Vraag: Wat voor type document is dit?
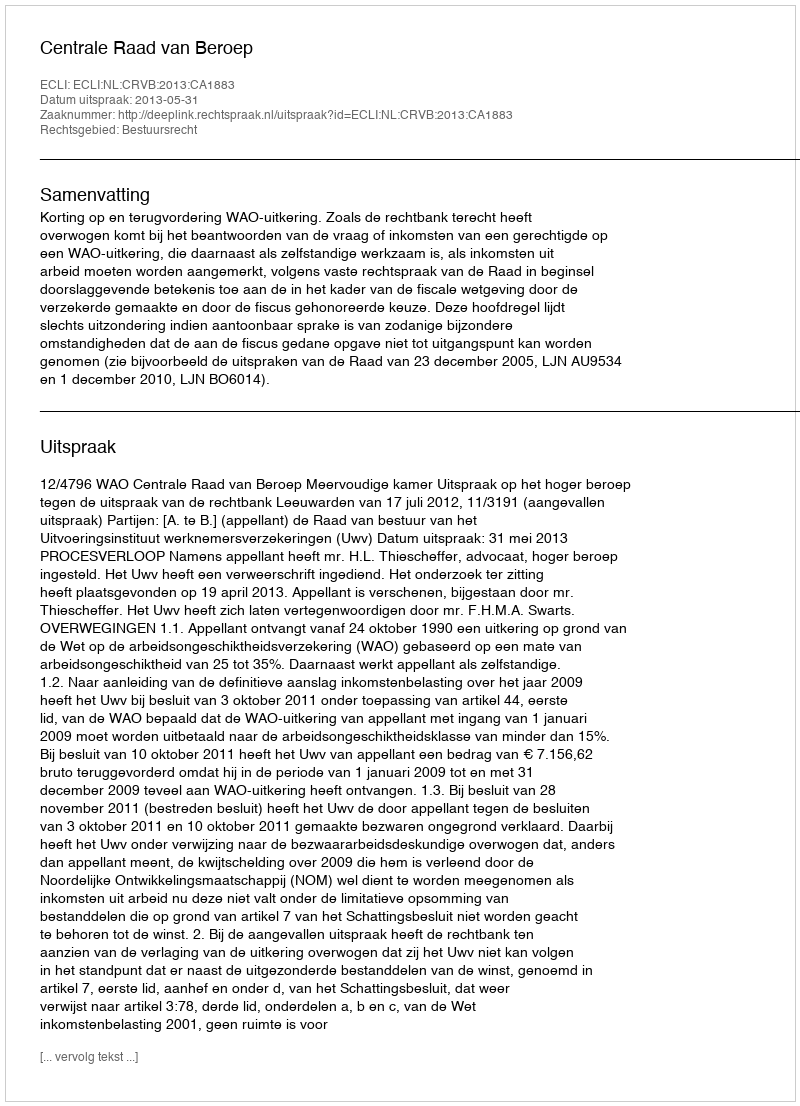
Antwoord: Uitspraak